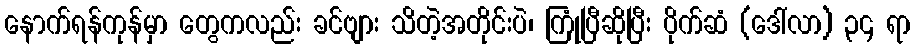
နောက်ရန်ကုန်မှာ တွေကလည်း ခင်ဗျား သိတဲ့အတိုင်းပဲ၊ ကြုံပြီဆိုပြီး ပိုက်ဆံ (ဒေါ်လာ) ၃၄ ရာ